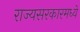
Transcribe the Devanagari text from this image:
राज्यसरकारमध्ये